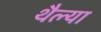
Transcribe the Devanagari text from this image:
थैल्या